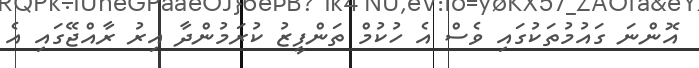
އޮންނަ ގައުމުތަކުގައި ވެސް އެ ހުކުމް ތަންފީޒު ކުރަމުންދާ އިރު ރާއްޖޭގައި އެ